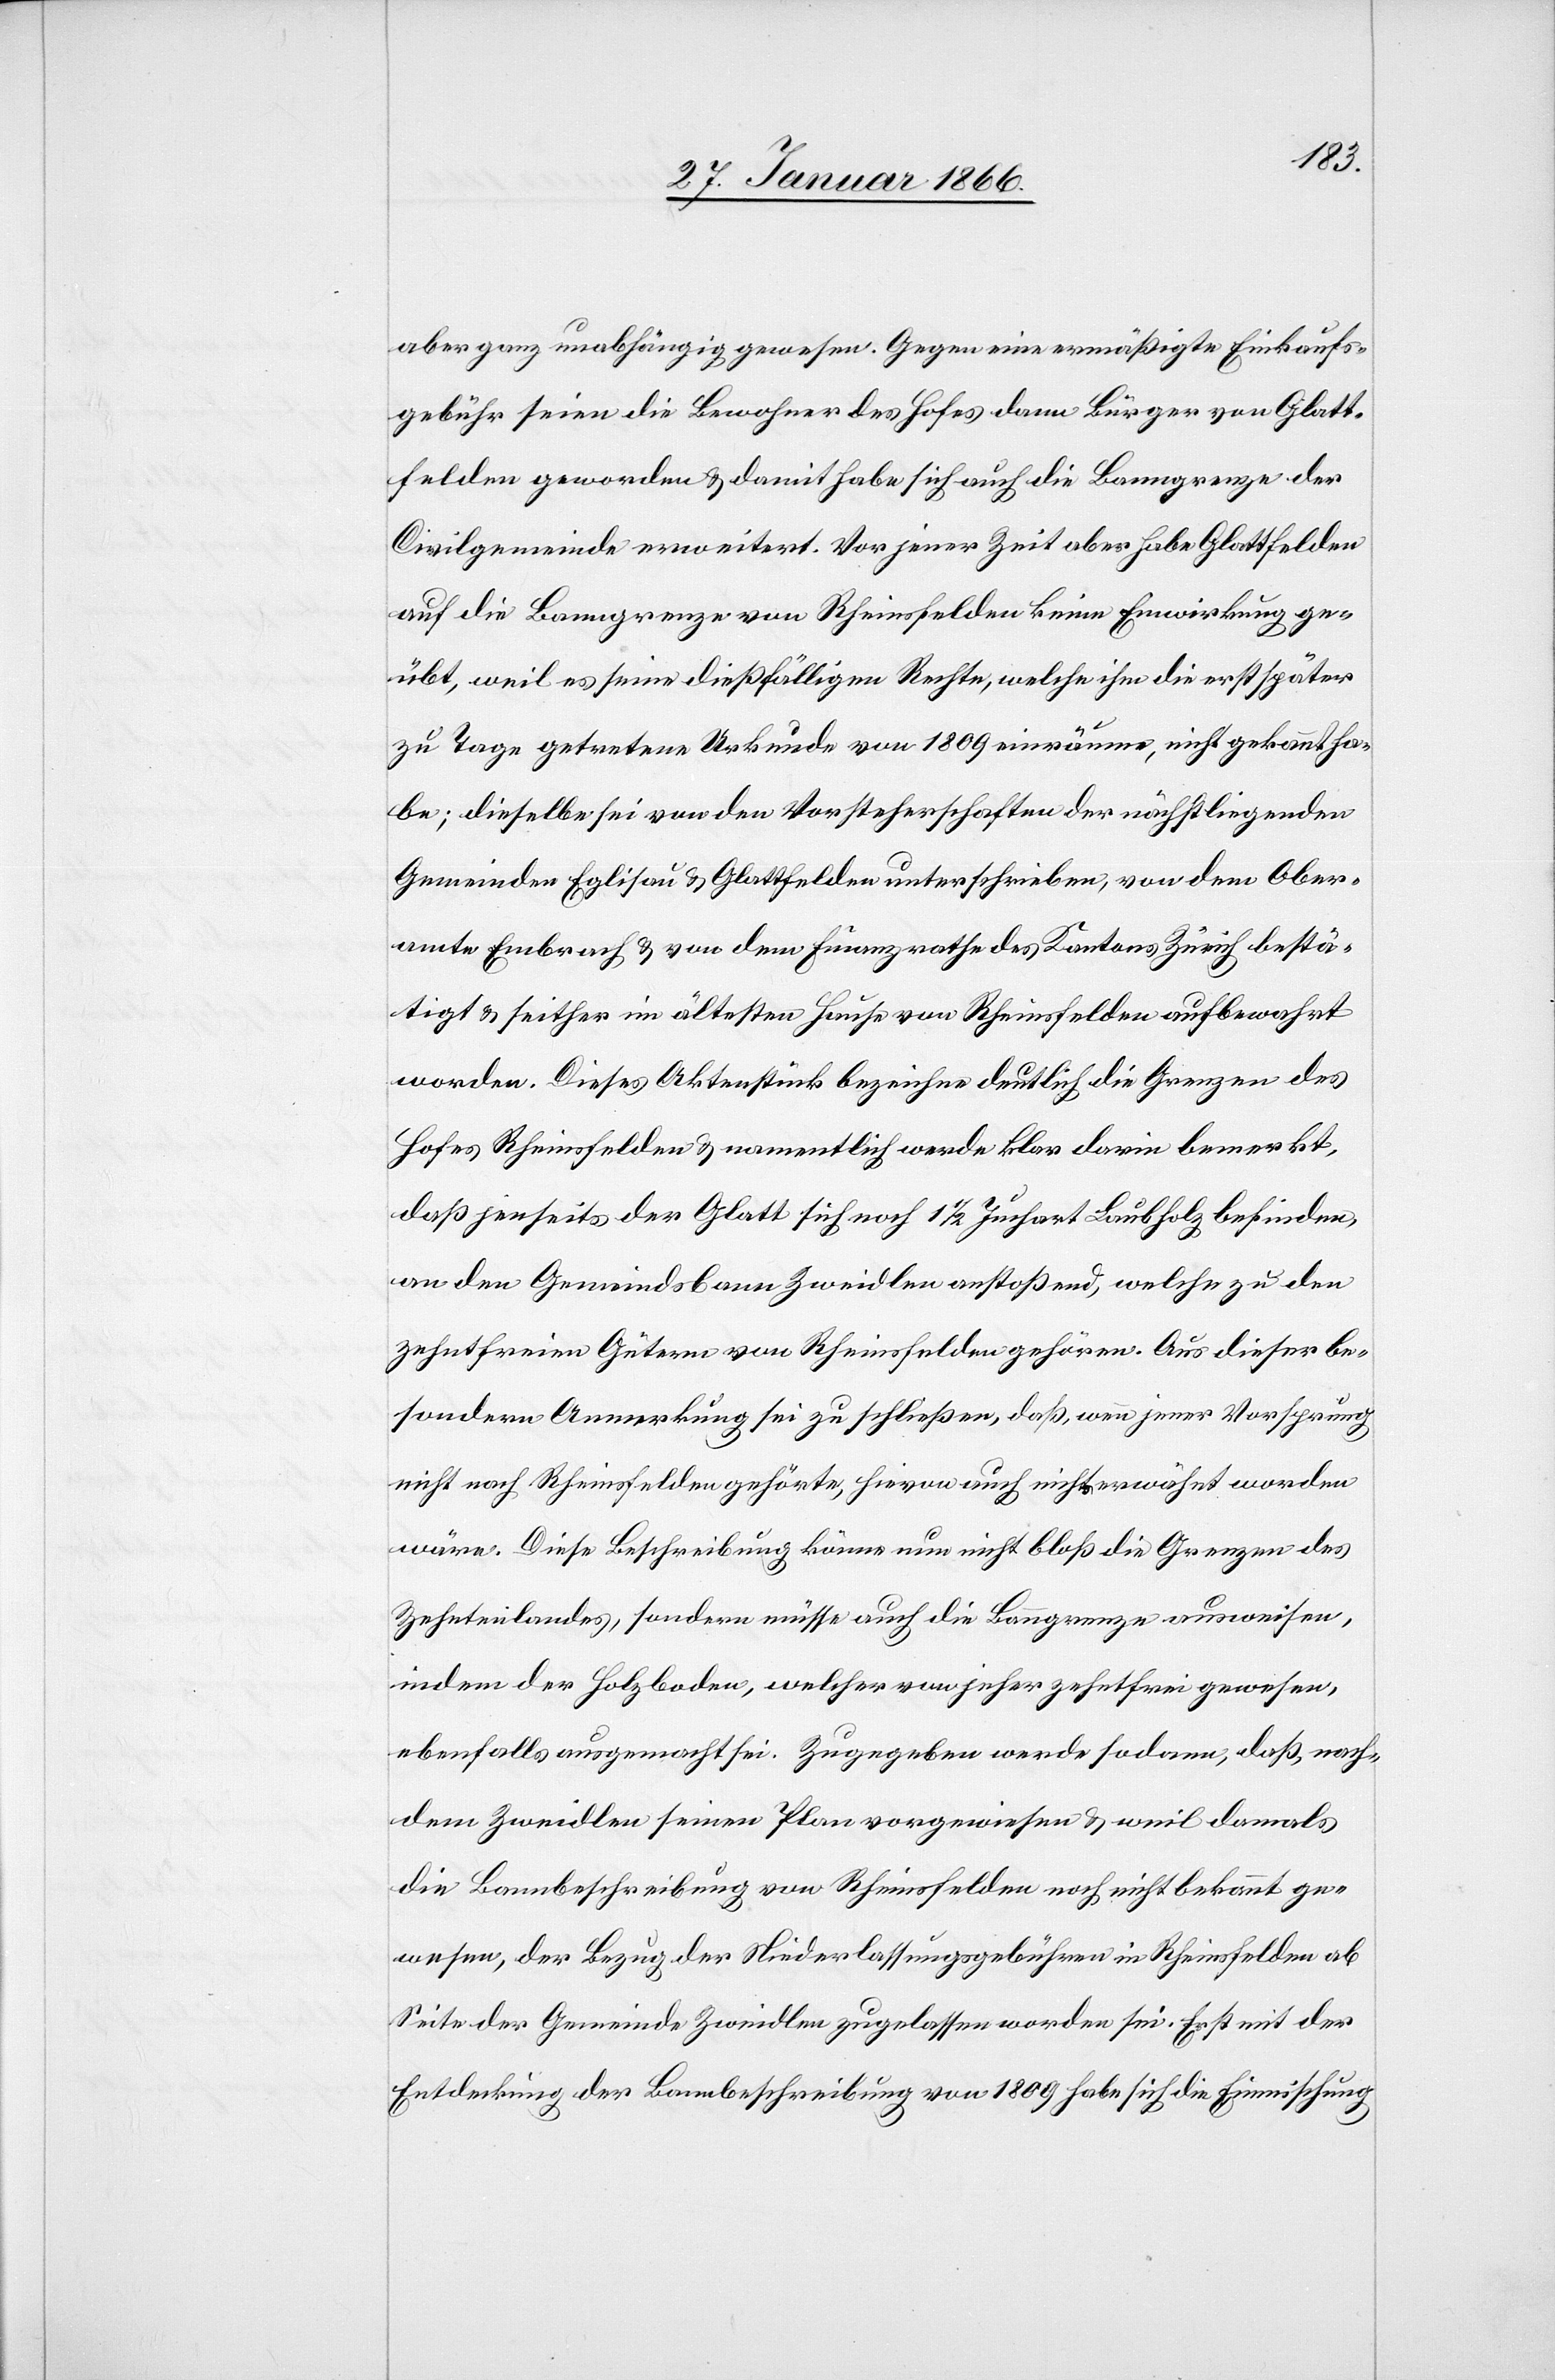
aber ganz unabhängig gewesen. Gegen eine ermäßigte Einkaufs¬
gebühr seien die Bewohner des Hofes dann Bürger von Glatt¬
felden geworden u. damit habe sich auch die Banngrenze der
Civilgemeinde erweitert. Vor jener Zeit aber habe Glattfelden
auf die Banngrenze von Rheinsfelden keine Einwirkung ge¬
übt, weil es seine dießfälligen Rechte, welche ihm die erst später
zu Tage getretene Urkunde von 1809 einräume, nicht gekannt ha¬
be; dieselbe sei von den Vorsteherschaften der nächstliegenden
Gemeinden Eglisau u. Glattfelden unterschrieben, von dem Ober¬
amte Embrach u. von dem Finanzrathe des Kantons Zürich bestä¬
tigt u. seither im ältesten Hause von Rheinsfelden aufbewahrt
worden. Dieses Aktenstück bezeichne deutlich die Grenzen des
Hofes Rheinsfelden u. namentlich werde klar darin bemerkt,
daß jenseits der Glatt sich noch 1½ Juchart Laubholz befinden,
an den Gemeindsbann Zweidlen anstoßend, welche zu den
zehntfreien Gütern von Rheinsfelden gehören. Aus dieser be¬
sondern Anmerkung sei zu schließen, daß, wenn jener Vorsprung
nicht nach Rheinsfelden gehörte, hievon auch nichts erwähnt worden
wäre. Diese Beschreibung könne nun nicht bloß die Grenzen des
Zehntenlandes, sondern müsse auch die Banngrenze ausweisen,
indem der Holzladen, welcher von jeher zehntfrei gewesen,
ebenfalls ausgemarcht sei. Zugegeben werde sodann, daß, nach¬
dem Zweidlen seinen Plan vorgewiesen u. weil damals
die Bannbeschreibung von Rheinsfelden noch nicht bekannt ge¬
wesen, der Bezug der Niederlassungsgebühren in Rheinsfelden ab
Seite der Gemeinde Zweidlen zugelassen worden sei. Erst mit der
Entdeckung der Bannbeschreibung von 1809 habe sich die Einmischung